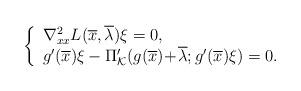
LaTeX: \begin{align*} \left\{\begin{array}{l} \nabla_{xx}^2L(\overline{x},\overline{\lambda})\xi=0,\\ g'(\overline{x})\xi-\Pi_{\mathcal{K}}'(g(\overline{x})\!+\!\overline{\lambda};g'(\overline{x})\xi)=0. \end{array}\right. \end{align*}